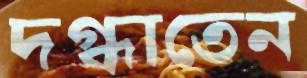
দগ্ধাতেন